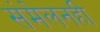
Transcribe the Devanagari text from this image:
संमेलनही